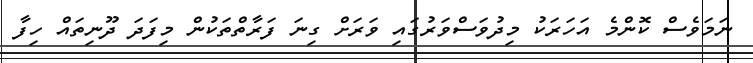
ނަމަވެސް ކޮންމެ އަހަރަކު މިދުވަސްވަރުގައި ވަރަށް ގިނަ ފަރާތްތަކުން މިފަދަ ދޫނިތައް ހިފާ